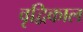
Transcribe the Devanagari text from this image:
वृद्विकाल